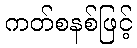
ကတ်စနစ်ဖြင့်